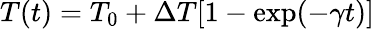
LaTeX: T(t)=T_{0}+\Delta T[1-\exp(-\gamma t)]